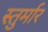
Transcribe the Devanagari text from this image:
स्तुर्मार